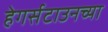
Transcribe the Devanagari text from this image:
हेगर्सटाउनच्या